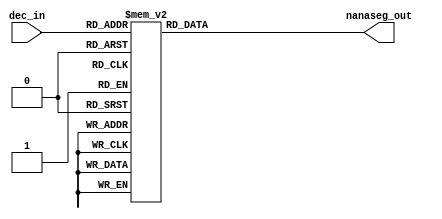
module nanaseg_decoder(dec_in, nanaseg_out);
    input [3:0] dec_in;
    output [6:0] nanaseg_out;

    assign nanaseg_out = decode(dec_in);

    function [6:0] decode(input [3:0] dec_in);
        begin
            case(dec_in)
                4'b0000: decode = 7'b1000000;
                4'b0001: decode = 7'b1111001;
                4'b0010: decode = 7'b0100100;
                4'b0011: decode = 7'b0110000;
                4'b0100: decode = 7'b0011001;
                4'b0101: decode = 7'b0010010;
                4'b0110: decode = 7'b0000010;
                4'b0111: decode = 7'b1111000;
                4'b1000: decode = 7'b0000000;
                4'b1001: decode = 7'b0010000;
                default: decode = 7'b1111111;
            endcase
        end
    endfunction
endmodule